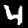
Digit: 4